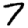
Digit: 7